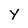
Character: Y